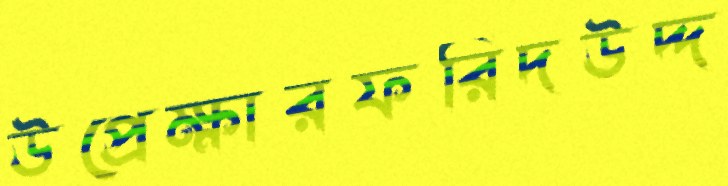
উপ্রেক্ষারফরিদউদ্দ